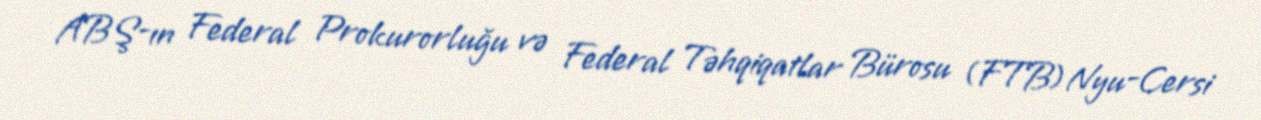
ABŞ-ın Federal Prokurorluğu və Federal Təhqiqatlar Bürosu (FTB) Nyu-Cersi